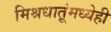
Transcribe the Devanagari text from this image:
मिश्रधातूंमध्येही